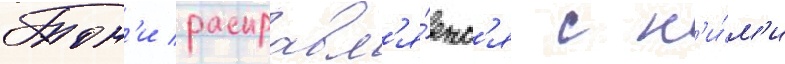
Тон'и расправл'я́етс'я с н'и́м'и